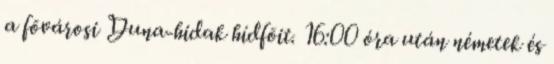
a fõvárosi Duna-hidak hídfõit. 16:00 óra után németek és